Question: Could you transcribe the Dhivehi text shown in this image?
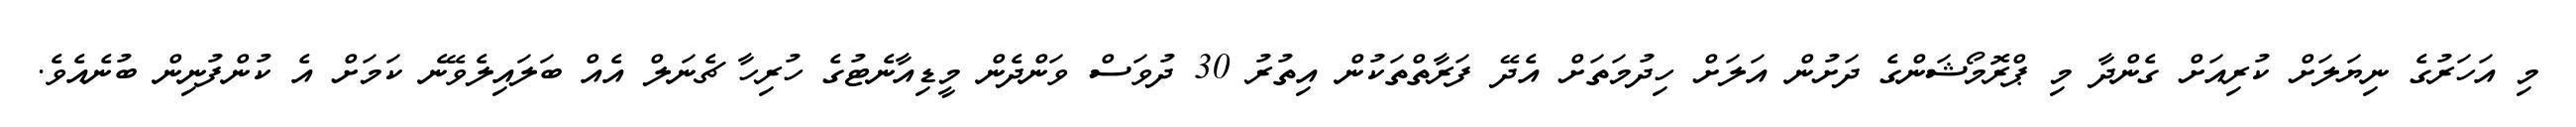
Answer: މި އަހަރުގެ ނިޔަލަށް ކުރިއަށް ގެންދާ މި ޕްރޮމޯޝަންގެ ދަށުން އަލަށް ހިދުމަތަށް އެދޭ ފަރާތްތަކުން އިތުރު 30 ދުވަސް ވަންދެން މީޑިއާނެޓުގެ ހުރިހާ ޗެނަލް އެއް ބަލައިލެވޭނެ ކަމަށް އެ ކުންފުނިން ބުނެއެވެ.